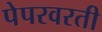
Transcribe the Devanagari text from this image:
पेपरवरती